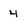
Character: 4